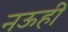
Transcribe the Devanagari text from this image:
नऊही